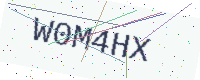
Text: W0M4HX